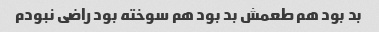
بد بود هم طعمش بد بود هم سوخته بود راضی نبودم